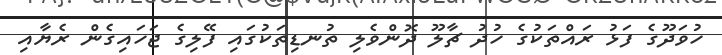
ހުވަދޫގެ ފަޅު ރައްތަކުގެ ހުދު ޗާލޫ ދޮންވެލި ތުނޑިތަކުގައި ފޭލިގެ ޖަހައިގެން ރެޔާއި